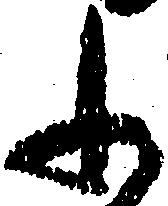
ふ